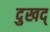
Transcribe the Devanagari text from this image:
दुखद्